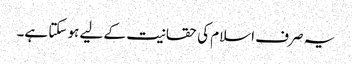
یہ صرف اسلام کی حقانیت کے لیے ہو سکتا ہے۔